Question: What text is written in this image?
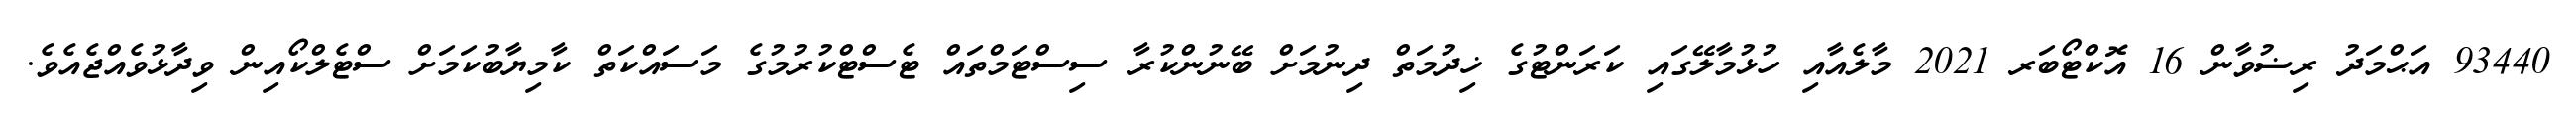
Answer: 93440 އަޙްމަދު ރިޟުވާން 16 އޮކްޓޯބަރ 2021 މާލެއާއި ހުޅުމާލޭގައި ކަރަންޓުގެ ޚިދުމަތް ދިނުމަށް ބޭނުންކުރާ ސިސްޓަމްތައް ޓެސްޓްކުރުމުގެ މަސައްކަތް ކާމިޔާބުކަމަށް ސްޓެލްކޯއިން ވިދާޅުވެއްޖެއެވެ.